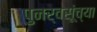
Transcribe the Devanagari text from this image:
पुनर्वसूंच्या